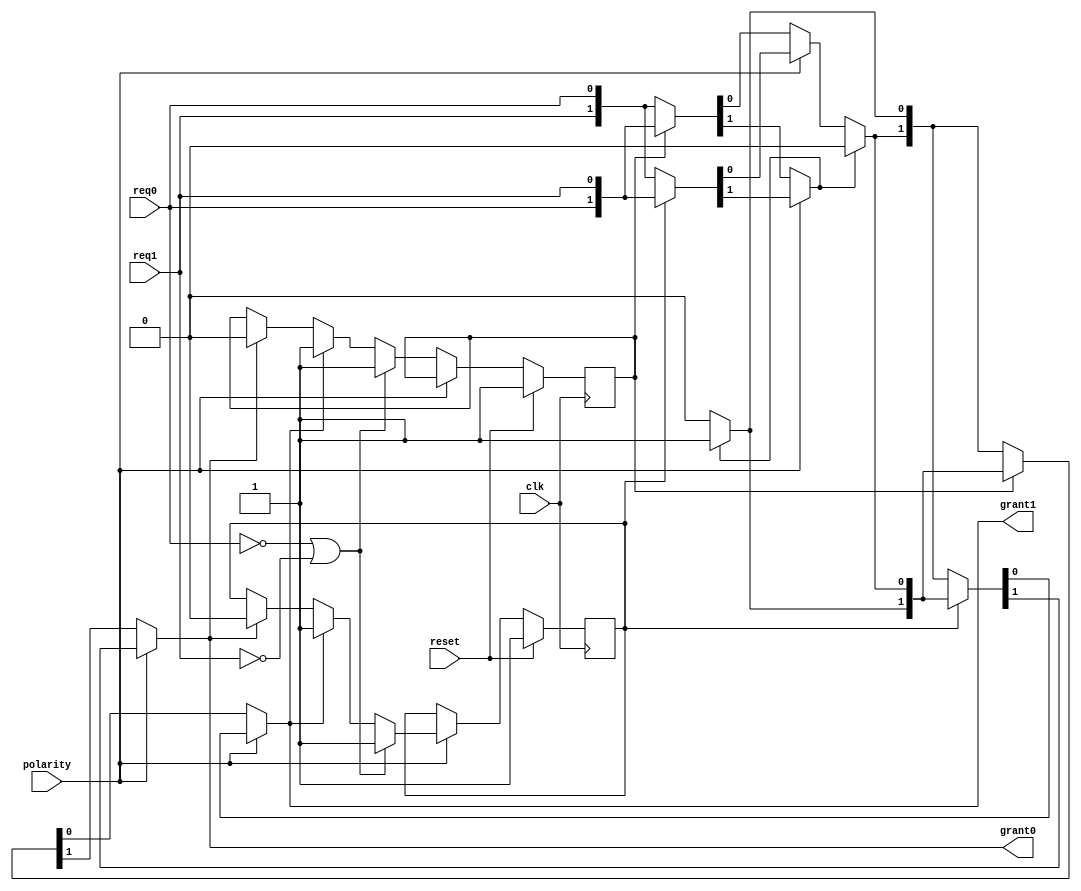
module rotating_prioritizer (
    input clk, reset,
    input polarity,
    input req0, req1,
    output grant0, grant1
);

    reg grantReg0, grantReg1;
    assign grant0 = grantReg0;
    assign grant1 = grantReg1;

    //Register the last grant signal and decrease the priority if any conflicts happen
    reg lastGrant0, lastGrant1;

    /* Fixed Prioritizer
        @input: reqF0, reqF1
        @output: grantF0, grantF1;
        reqF0 is given higher priority
    */
    reg reqF0, reqF1;
    reg grantF0, grantF1;
    
    always @(*) begin
        if (reqF0) begin
            grantF0 = 1;
            grantF1 = 0;
        end
        else begin
            grantF0 = 0;
            grantF1 = reqF1;
        end
    end

    /*  Barrel Shifter  */
    always @(*) begin
        if (polarity) begin
            if (lastGrant1) begin
                {reqF0, reqF1} = {req0, req1};
                {grantReg0, grantReg1} = {grantF0, grantF1};              
            end
            else begin
                {reqF0, reqF1} = {req1, req0};
                {grantReg0, grantReg1} = {grantF1, grantF0};
            end
        end
        else begin // Polarity == 1
            if (lastGrant0) begin
                {reqF0, reqF1} = {req0, req1};
                {grantReg0, grantReg1} = {grantF0, grantF1};              
            end
            else begin
                {reqF0, reqF1} = {req1, req0};
                {grantReg0, grantReg1} = {grantF1, grantF0};
            end
        end
    end

    // Registering the grant request
    always @(posedge clk) begin
        if (reset) begin
            lastGrant0 <= 1; // request 0 has the highest priority after reseting
            lastGrant1 <= 1;
        end
        else begin
            if (polarity) begin
                if (~req0 || ~req1) begin // When no contention happens, we need to reset the priority order
                    lastGrant1 <= 1;
                end
                else begin
                    if (grantReg0) begin
                        lastGrant1 <= 0;
                    end
                    if (grantReg1) begin
                        lastGrant1 <= 1;
                    end
                end
            end
            else begin // Polarity == 1
                if (~req0 || ~req1) begin // When no contention happens, we need to reset the priority order
                    lastGrant0 <= 1;
                end
                else begin
                    if (grantReg0) begin
                        lastGrant0 <= 0;
                    end
                    if (grantReg1) begin
                        lastGrant0 <= 1;
                    end
                end
            end
        end
    end
endmodule